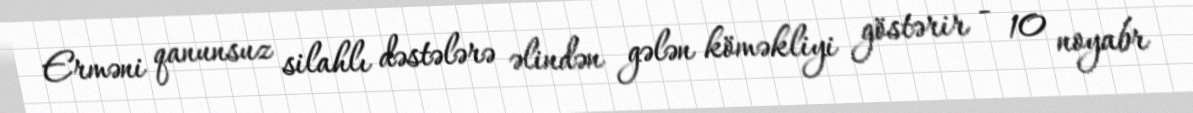
Erməni qanunsuz silahlı dəstələrə əlindən gələn köməkliyi göstərir - 10 noyabr